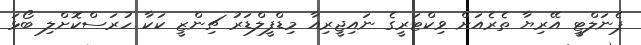
ޕެނަލްޓީ އޭރިޔާ ތެރެއަށް ވިކްޓަރީގެ ނައިޖީރިިއާ މިޑްފީލްޑަރު ޗިންޒީ ކަކާ ހުރަސްކޮށްލި ބޯޅަ